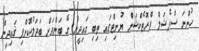
ހުންނަ ސްޕެޝަލް ޕްރޮޓެކްޝަން ޔުނިޓްގައި ތިބި ގައިދީން ގޭ ބަންދަށް ބަދަލުކޮށްފި ޤައިދީން